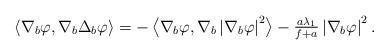
LaTeX: \begin{align*}\begin{array}[c]{l}\left\langle \nabla_{b}\varphi,\nabla_{b}\Delta_{b}\varphi\right\rangle=-\left\langle \nabla_{b}\varphi,\nabla_{b}\left\vert \nabla_{b}\varphi\right\vert ^{2}\right\rangle -\frac{a\lambda_{1}}{f+a}\left\vert\nabla_{b}\varphi\right\vert ^{2}.\end{array}\end{align*}